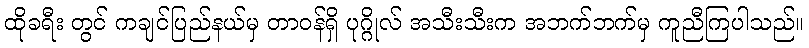
ထိုခရီး တွင် ကချင်ပြည်နယ်မှ တာဝန်ရှိ ပုဂ္ဂိုလ် အသီးသီးက အဘက်ဘက်မှ ကူညီကြပါသည်။